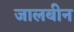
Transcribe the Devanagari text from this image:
जालबीन